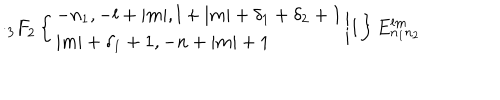
\cdot { _ 3 F } _ { 2 } \left\{ \begin{array} { l } { { - n _ { 1 } , - l + | m | , l + | m | + \delta _ { 1 } + \delta _ { 2 } + 1 } } \\ { { | m | + \delta _ { 1 } + 1 , - n + | m | + 1 } } \\ \end{array} \biggr | 1 \right\} E _ { n _ { 1 } n _ { 2 } } ^ { l m }